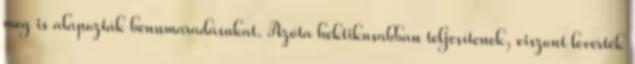
meg is alapozták bennmaradásukat. Azóta hektikusabban teljesítenek, viszont leverték